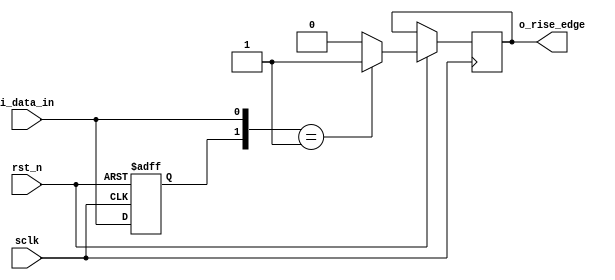
module edge_detect
(
	input			sclk,
	input			rst_n,
	input			i_data_in,
	output	reg		o_rise_edge
);

reg		r_data_in0;

always@(posedge sclk or negedge rst_n)begin
	if(!rst_n)
		r_data_in0 <= 0;
	else begin
		r_data_in0 <= i_data_in;
		if({r_data_in0, i_data_in} == 2'b01)
			o_rise_edge <= 1;
		else
			o_rise_edge <= 0;
	end
end

endmodule